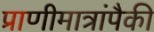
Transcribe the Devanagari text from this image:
प्राणीमात्रांपैकी